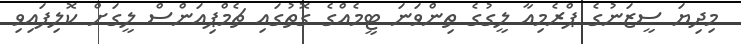
މިދިޔަ ސީޒަނުގެ ޕްރެމިއާ ލީގުގެ ތިންވަނަ ޓީމެއްގެ ގޮތުގައި ޗެމްޕިއަންސް ލީގަށް ކޮލިފައިވި